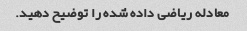
معادله ریاضی داده شده را توضیح دهید.